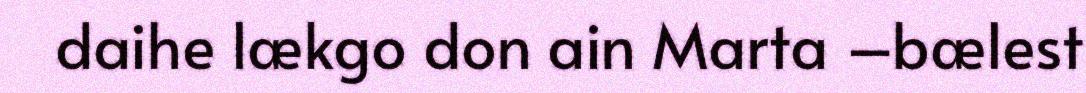
daihe lækgo don ain Marta –bælest